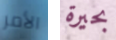
الأمر بحيرة